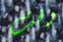
وقت